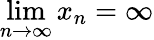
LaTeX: \operatorname*{lim}_{n\to\infty}x_{n}=\infty